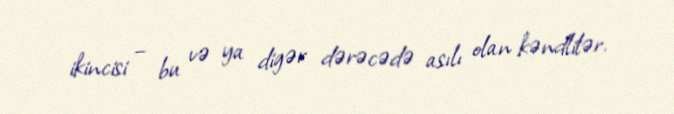
ikincisi – bu və ya digər dərəcədə asılı olan kəndlilər.